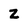
Character: Z